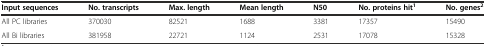
<table><thead><tr><td><b>Input sequences</b></td><td><b>No. transcripts</b></td><td><b>Max. length</b></td><td><b>Mean length</b></td><td><b>N50</b></td><td><b>No. proteins hit<sup>1</sup></b></td><td><b>No. genes<sup>2</sup></b></td></tr></thead><tbody><tr><td>All PC libraries</td><td>370030</td><td>82521</td><td>1688</td><td>3381</td><td>17357</td><td>15490</td></tr><tr><td>All Bi libraries</td><td>381958</td><td>22721</td><td>1124</td><td>2531</td><td>17078</td><td>15328</td></tr></tbody></table>